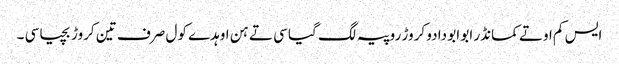
ایس کم اوتے کمانڈر ابو ابو دا دو کروڑ روپیہ لگ گیا سی تے ہن اوہدے کول صرف تین کروڑ بچیا سی ۔